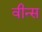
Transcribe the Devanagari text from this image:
वीन्स